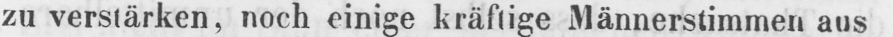
zu verstärken, noch einige kräftige Männerstimmen aus